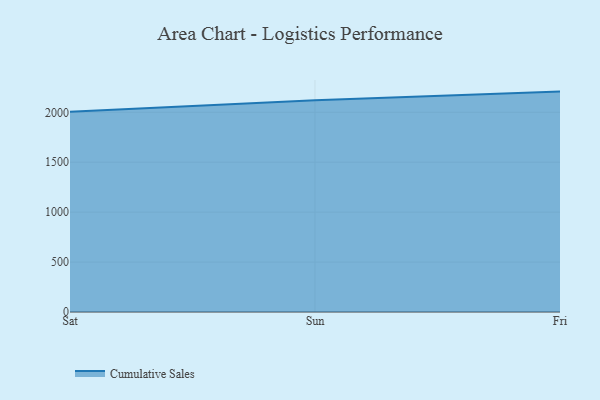
{"axis": {"x": "Day", "y": "Net Income (USD K)"}, "legend": ["Cumulative Sales"], "data": [{"x": "Sat", "y": 2004.8, "type": "Cumulative Sales"}, {"x": "Sun", "y": 2121.7, "type": "Cumulative Sales"}, {"x": "Fri", "y": 2207.4, "type": "Cumulative Sales"}]}